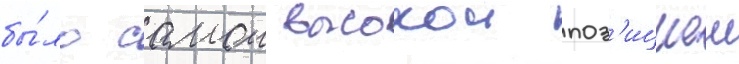
бы́ло самои высокои поз'ициеи